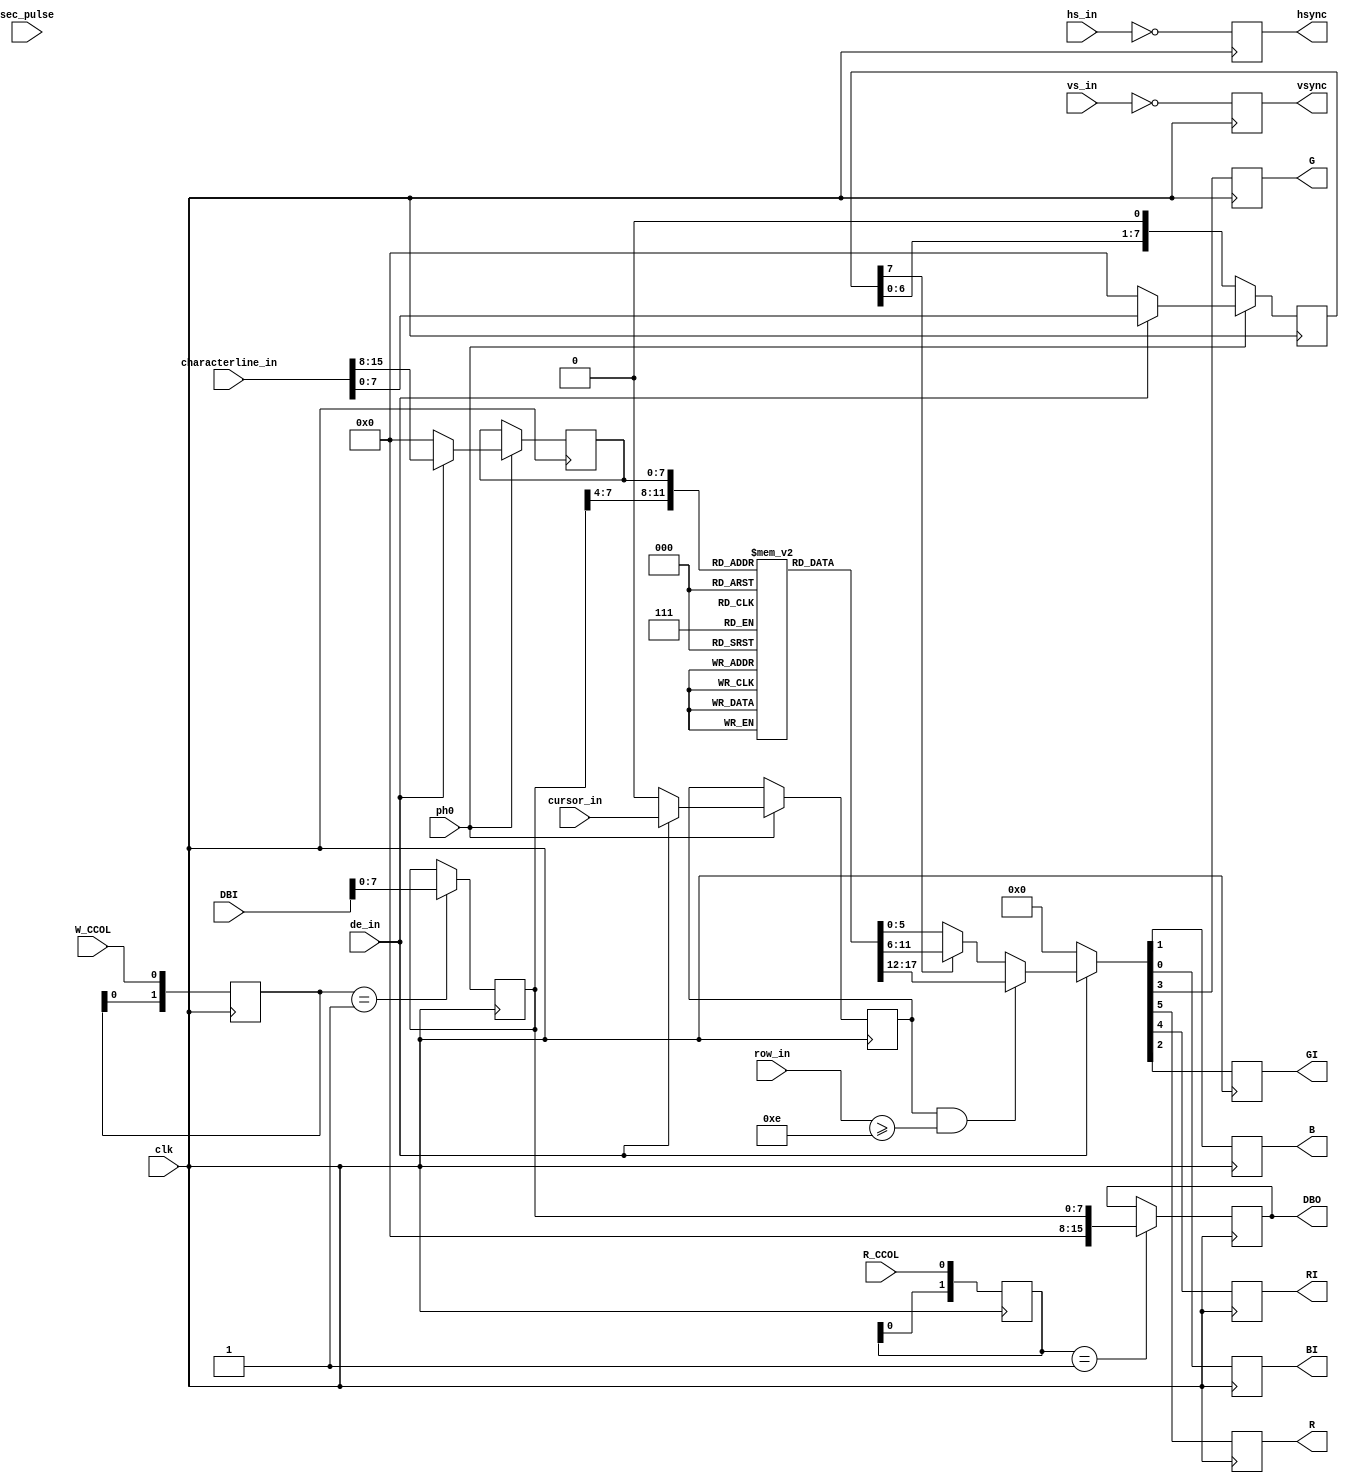
/* verilator lint_off UNUSEDSIGNAL */
/* verilator lint_off MULTIDRIVEN */

module vmatrix #(
    parameter curs_startrow = 14,
    parameter hsync_neg = 1,
    parameter vsync_neg = 1
) (
    input wire clk,
    input wire ph0,
    input wire sec_pulse,
    input wire de_in,
    input wire hs_in,
    input wire vs_in,
    input wire [4:0] row_in,
    input wire cursor_in,
    input wire [15:0] characterline_in,
    input wire [15:0] DBI,
    input wire W_CCOL,
    input wire R_CCOL,
    output reg hsync,
    output reg vsync,
    output reg R,
    output reg RI,
    output reg G,
    output reg GI,
    output reg B,
    output reg BI,
    output reg [15:0] DBO
);
    // Video matrix
    // @include verilog_charrom.list
    
    reg [7:0] cursor_color_latch = 8'h70;
    reg [5:0] color_table[0:15];
    reg [7:0] color_latch = 0;
    reg [7:0] video_latch = 0;
    reg [1:0] ph2_detect = 0;
    reg [1:0] crd_detect = 0;
    reg [1:0] cwr_detect = 0;

    reg curs = 0;
    reg de2 = 0;
    wire [3:0] ccol, fcol, bcol;

    assign ccol = cursor_color_latch[7:4];
    assign fcol = color_latch[7:4];
    assign bcol = color_latch[3:0];
    
    initial
    begin
        // Initialize color translation table
        color_table[0] = 6'h00;
        color_table[1] = 6'h02;
        color_table[2] = 6'h08;
        color_table[3] = 6'h0A;
        color_table[4] = 6'h20;
        color_table[5] = 6'h22;
        color_table[6] = 6'h28;
        color_table[7] = 6'h2A;
        color_table[8] = 6'h15;
        color_table[9] = 6'h03;
        color_table[10] = 6'h0C;
        color_table[11] = 6'h0F;
        color_table[12] = 6'h30;
        color_table[13] = 6'h33;
        color_table[14] = 6'h3C;
        color_table[15] = 6'h3F;
    end
    
    always @ (posedge clk)
    begin
        // Load next character line
        if (ph0)
        begin
            //de2 <= de_in;

            if (de_in)
            begin
                // Within visible display
                {color_latch, video_latch} <= characterline_in;
                curs <= cursor_in;
            end
            else
            begin
                // Outside visible display
                {color_latch, video_latch} <= 16'd0;
                curs <= 0;
            end
        end
        else
            video_latch <= {video_latch[6:0], 1'b0};   // Shift left

        // Do controller commands
        crd_detect <= {crd_detect[0], R_CCOL};
        cwr_detect <= {cwr_detect[0], W_CCOL};

        if (crd_detect == 2'b01)
            DBO <= {8'd0, cursor_color_latch};

        if (cwr_detect == 2'b01)
            cursor_color_latch <= DBI[7:0];
    end
    
    always @ (negedge clk)
    begin
        // Output video
        if (de_in)
        begin 
            if (curs && (row_in >= curs_startrow))
                {R, RI, G, GI, B, BI} <= color_table[ccol][5:0];  // Cursor color
            else if (video_latch[7])
                {R, RI, G, GI, B, BI} <= color_table[fcol][5:0];  // FG color
            else
                {R, RI, G, GI, B, BI} <= color_table[bcol][5:0];  // BG color
        end
        else
            {R, RI, G, GI, B, BI} <= 6'd0;  // Black

        hsync <= hs_in ^ hsync_neg;
        vsync <= vs_in ^ vsync_neg;
    end
endmodule